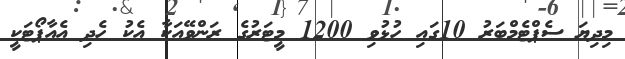
މިދިޔަ ސެޕްޓެމްބަރު 10ގައި ހުޅުވި 1200 މީޓަރުގެ ރަންވޭއަކާ އެކު ހެދި އެއާޕޯޓަކީ